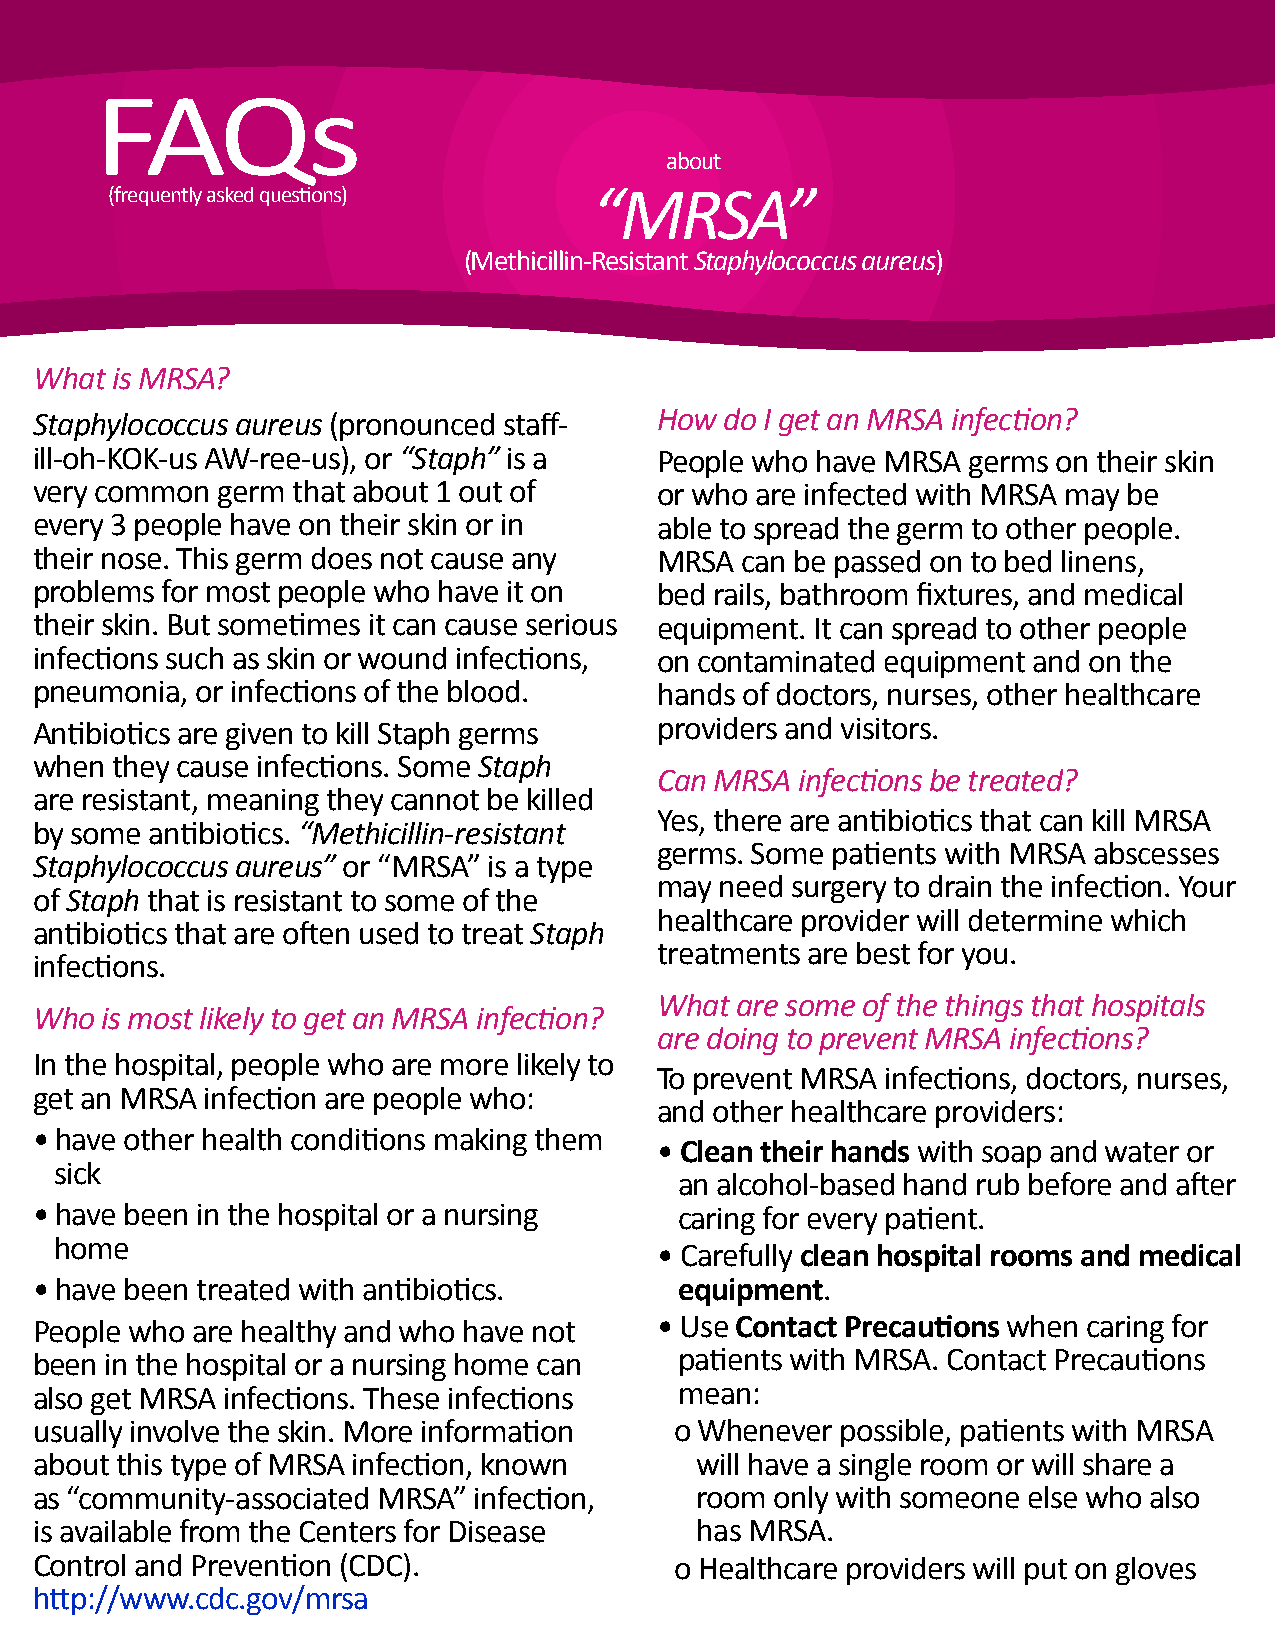
FAQs
 about
 (frequently asked questions)    “MRSA”
 (Methicillin-Resistant Staphylococcus aureus)
 What is MRSA?
 Staphylococcus aureus (pronounced staff- How  do I get an MRSA infection?
 ill-oh-KOK-us AW-ree-us), or “Staph” is a People who have MRSA germs on their skin
 very common germ that about 1 out of     or who are infected with MRSA may be
 every 3 people have on their skin or in  able to spread the germ to other people.
 their nose. This germ does not cause any MRSA  can be passed on to bed linens,
 problems for most people who have it on  bed rails, bathroom fixtures, and medical
 their skin. But sometimes it can cause serious equipment. It can spread to other people
 infections such as skin or wound infections, on contaminated equipment and on the
 pneumonia, or infections of the blood.   hands of doctors, nurses, other healthcare
 Antibiotics are given to kill Staph germs providers and visitors.
 when they cause infections. Some Staph
 Can MRSA  infections be treated?
 are resistant, meaning they cannot be killed
 Yes, there are antibiotics that can kill MRSA
 by some antibiotics. “Methicillin-resistant
 germs. Some patients with MRSA abscesses
 Staphylococcus aureus” or “MRSA” is a type
 may  need surgery to drain the infection. Your
 of Staph that is resistant to some of the
 healthcare provider will determine which
 antibiotics that are often used to treat Staph
 treatments are best for you.
 infections.
 What  are some of the things that hospitals
 Who  is most likely to get an MRSA infection?
 are doing to prevent MRSA infections?
 In the hospital, people who are more likely to
 To prevent MRSA infections, doctors, nurses,
 get an MRSA infection are people who:
 and other healthcare providers:
 • have other health conditions making them
 • Clean their hands with soap and water or
 sick
 an alcohol-based hand rub before and after
 • have been in the hospital or a nursing   caring for every patient.
 home
 • Carefully clean hospital rooms and medical
 • have been treated with antibiotics.      equipment.
 People who are healthy and who have not  • Use Contact Precautions when caring for
 been in the hospital or a nursing home can patients with MRSA. Contact Precautions
 also get MRSA infections. These infections mean:
 usually involve the skin. More information o Whenever possible, patients with MRSA
 about this type of MRSA infection, known    will have a single room or will share a
 as “community-associated MRSA” infection,   room only with someone else who also
 is available from the Centers for Disease   has MRSA.
 Control and Prevention (CDC).              o Healthcare providers will put on gloves
 http://www.cdc.gov/mrsa